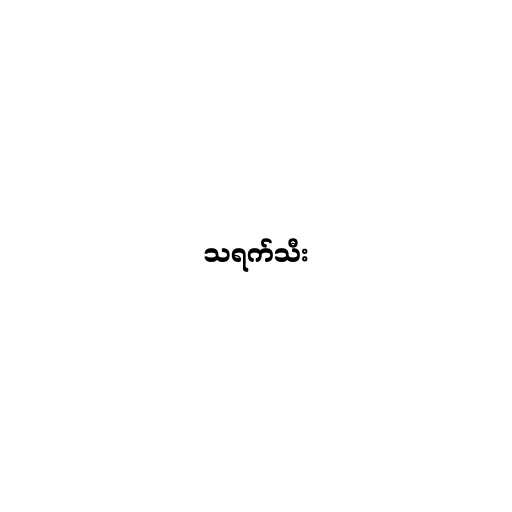
သရက်သီး